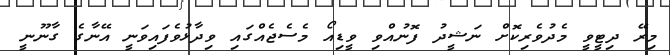
މިރޭ ދިޓީވީ މެދުވެރިކޮށް ނަޝީދު ފޮނުއްވި ވީޑިއޯ މެސެޖެއްގައި ވިދާޅުވެފައިވަނީ އޭނާގެ ގާނޫނީ